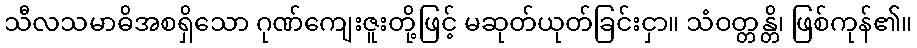
သီလသမာဓိအစရှိသော ဂုဏ်ကျေးဇူးတို့ဖြင့် မဆုတ်ယုတ်ခြင်းငှာ။ သံဝတ္တန္တိ၊ ဖြစ်ကုန်၏။